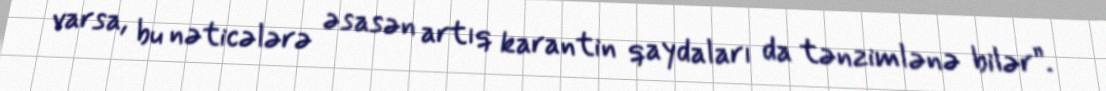
varsa, bu nəticələrə əsasən artıq karantin qaydaları da tənzimlənə bilər”.